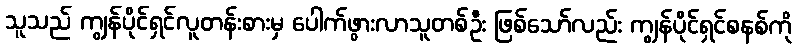
သူသည် ကျွန်ပိုင်ရှင်လူတန်းစားမှ ပေါက်ဖွားလာသူတစ်ဦး ဖြစ်သော်လည်း ကျွန်ပိုင်ရှင်စနစ်ကို